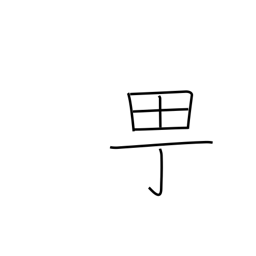
Meaning: town